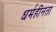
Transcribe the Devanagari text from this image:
धर्महीनता